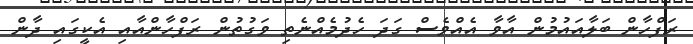
ރަފްހާން ބަލާއައުމުން އާވާ އެއްވެސް ގަދަ ހެދުމެއްނެތި ވަގުތުން ރަފްހާންއާއި އެކީގައި ދާން